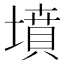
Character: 墳